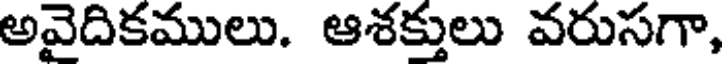
అవైదికములు. ఆశక్తులు వరుసగా,